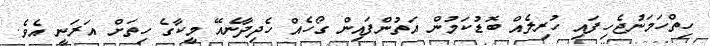
ހިތްހަމަނުޖެހިފައި ހުރިލެއް ބޮޑުކަމުން އަތުންފައިން ގޯހެއް ހެދިދާނެއޭ މީކާގެ ހިތަށް އަރަނީ އެވެ.